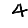
Digit: 4